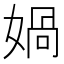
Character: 媧